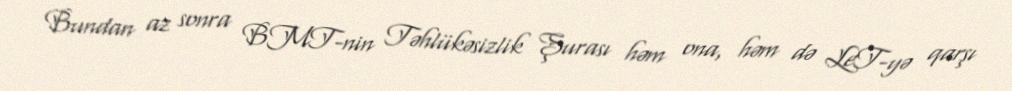
Bundan az sonra BMT-nin Təhlükəsizlik Şurası həm ona, həm də LeT-yə qarşı